Document type: Dowry acquittance
Year: 1240
Scribe: Pere de Bages
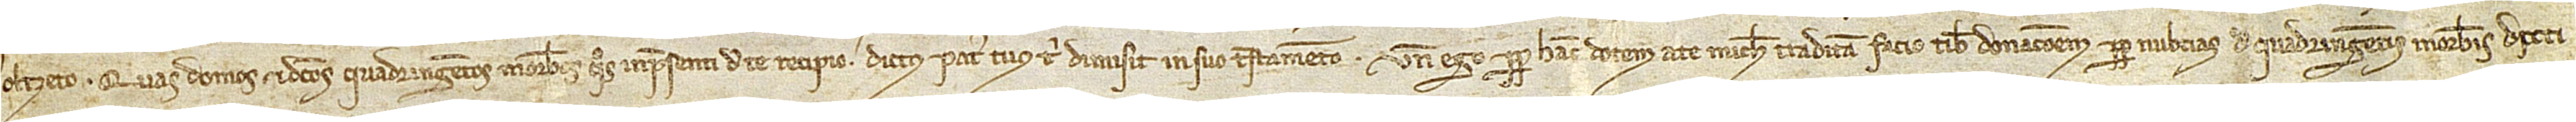
Oltzeto. Quas domos et dictos quadringentos morabatinos quos in presenti de te recipio dictus pater tuus tibi dimisit in suo testamento. Unde ego propter hanc dotem a te michi traditam facio tibi donacionem propter nubcias de quadringentis morabatinis dicti